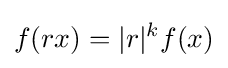
f(rx)=|r|^{k}f(x)